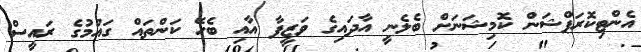
އެންޓިކޮރަޕްޝަން ކޮމިޝަނަށް ބެލެނީ އާދައިގެ ވަޒީފާ އާއި ބެހޭ ކަންތައް ގައުމުގެ ރައީސް